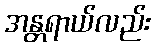
အန္တရာယ်လည်း